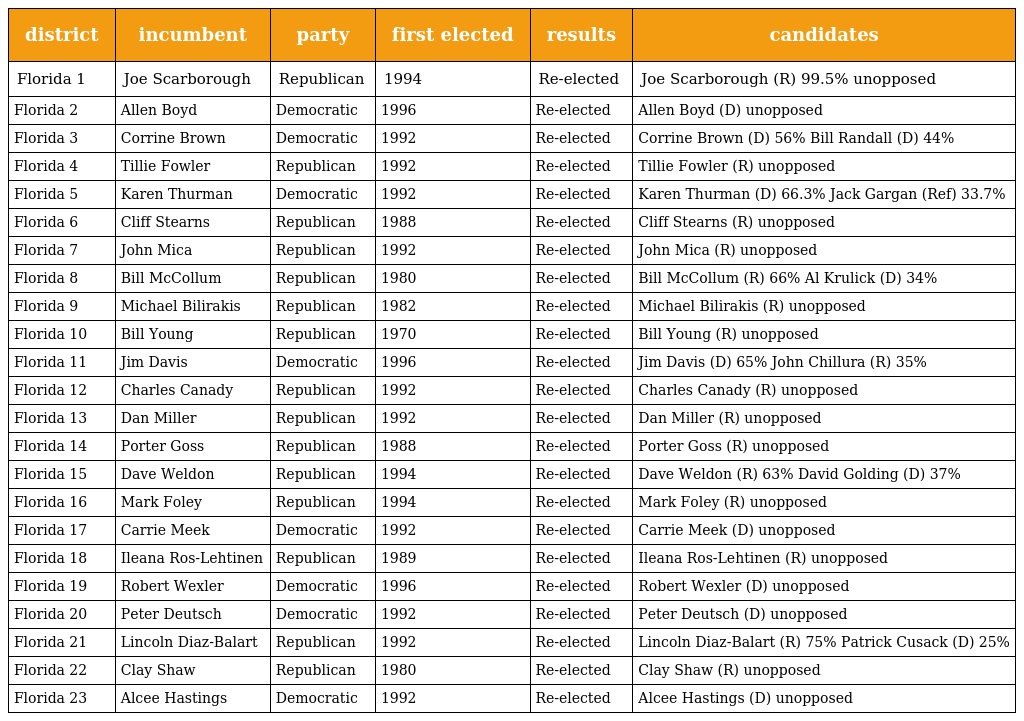
| district | incumbent | party | first elected | results | candidates |
 | --- | --- | --- | --- | --- | --- |
 | Florida 1 | Joe Scarborough | Republican | 1994 | Re-elected | Joe Scarborough (R) 99.5% unopposed |
 | Florida 2 | Allen Boyd | Democratic | 1996 | Re-elected | Allen Boyd (D) unopposed |
 | Florida 3 | Corrine Brown | Democratic | 1992 | Re-elected | Corrine Brown (D) 56% Bill Randall (D) 44% |
 | Florida 4 | Tillie Fowler | Republican | 1992 | Re-elected | Tillie Fowler (R) unopposed |
 | Florida 5 | Karen Thurman | Democratic | 1992 | Re-elected | Karen Thurman (D) 66.3% Jack Gargan (Ref) 33.7% |
 | Florida 6 | Cliff Stearns | Republican | 1988 | Re-elected | Cliff Stearns (R) unopposed |
 | Florida 7 | John Mica | Republican | 1992 | Re-elected | John Mica (R) unopposed |
 | Florida 8 | Bill McCollum | Republican | 1980 | Re-elected | Bill McCollum (R) 66% Al Krulick (D) 34% |
 | Florida 9 | Michael Bilirakis | Republican | 1982 | Re-elected | Michael Bilirakis (R) unopposed |
 | Florida 10 | Bill Young | Republican | 1970 | Re-elected | Bill Young (R) unopposed |
 | Florida 11 | Jim Davis | Democratic | 1996 | Re-elected | Jim Davis (D) 65% John Chillura (R) 35% |
 | Florida 12 | Charles Canady | Republican | 1992 | Re-elected | Charles Canady (R) unopposed |
 | Florida 13 | Dan Miller | Republican | 1992 | Re-elected | Dan Miller (R) unopposed |
 | Florida 14 | Porter Goss | Republican | 1988 | Re-elected | Porter Goss (R) unopposed |
 | Florida 15 | Dave Weldon | Republican | 1994 | Re-elected | Dave Weldon (R) 63% David Golding (D) 37% |
 | Florida 16 | Mark Foley | Republican | 1994 | Re-elected | Mark Foley (R) unopposed |
 | Florida 17 | Carrie Meek | Democratic | 1992 | Re-elected | Carrie Meek (D) unopposed |
 | Florida 18 | Ileana Ros-Lehtinen | Republican | 1989 | Re-elected | Ileana Ros-Lehtinen (R) unopposed |
 | Florida 19 | Robert Wexler | Democratic | 1996 | Re-elected | Robert Wexler (D) unopposed |
 | Florida 20 | Peter Deutsch | Democratic | 1992 | Re-elected | Peter Deutsch (D) unopposed |
 | Florida 21 | Lincoln Diaz-Balart | Republican | 1992 | Re-elected | Lincoln Diaz-Balart (R) 75% Patrick Cusack (D) 25% |
 | Florida 22 | Clay Shaw | Republican | 1980 | Re-elected | Clay Shaw (R) unopposed |
 | Florida 23 | Alcee Hastings | Democratic | 1992 | Re-elected | Alcee Hastings (D) unopposed |